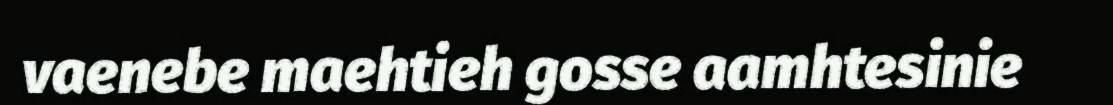
vaenebe maehtieh gosse aamhtesinie